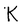
Character: K